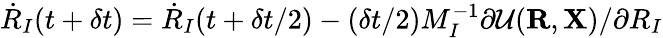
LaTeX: {\dot{R}}_{I}(t+\delta t)={\dot{R}}_{I}(t+\delta t/2)-(\delta t/2)M_{I}^{-1}\partial{\cal U}({\mathbf R},{\mathbf X})/\partial R_{I}